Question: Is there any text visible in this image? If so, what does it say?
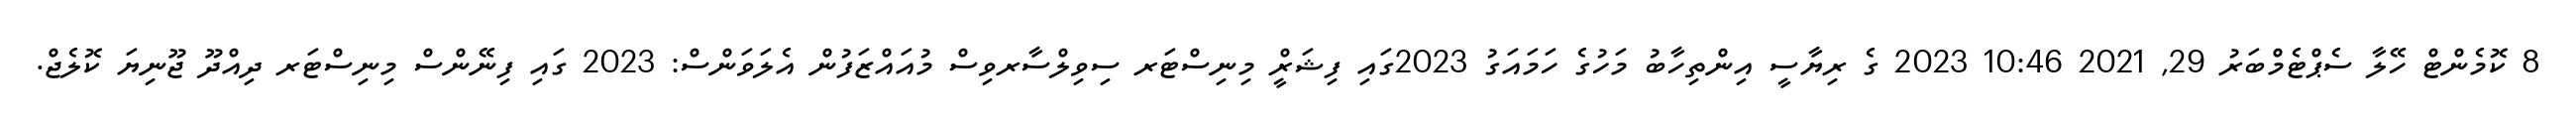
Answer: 8 ކޮމެންޓް ހޭލާ ސެޕްޓެމްބަރު 29, 2021 10:46 2023 ގެ ރިޔާސީ އިންތިހާބު މަހުގެ ހަމައަގު 2023ގައި ފިޝަރީް މިނިސްޓަރ ސިވިލްސާރވިސް މުއައްޒަފުން އެލަވަންސް: 2023 ގައި ފިނޭންސް މިނިސްޓަރ ދިއްދޫ ޖޫނިޔަ ކޮލެޖް.